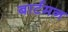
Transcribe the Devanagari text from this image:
बार्टमन